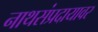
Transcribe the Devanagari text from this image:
नाथसंप्रदायावर